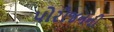
પોરોજનની